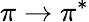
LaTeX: \pi\rightarrow\pi^{*}